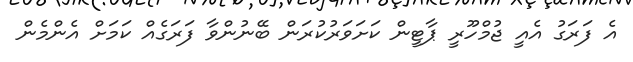
އެ ފަރަގު އެއީ ޖުމްހޫރީ ޕާޓީން ކަށަވަރުކުރަން ބޭނުންވާ ފަރަގެއް ކަމަށް އެންމެން